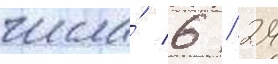
числа́ 6 / 24